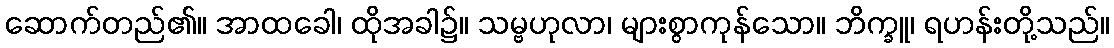
ဆောက်တည်၏။ အာထခေါ၊ ထိုအခါ၌။ သမ္ဗဟုလာ၊ များစွာကုန်သော။ ဘိက္ခူ၊ ရဟန်းတို့သည်။